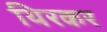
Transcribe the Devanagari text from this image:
थिरकर